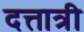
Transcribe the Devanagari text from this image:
दत्तात्री